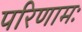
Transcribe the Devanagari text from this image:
परिणामः